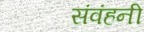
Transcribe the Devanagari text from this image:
संवंहनी